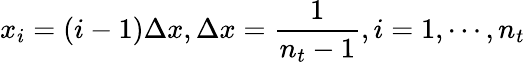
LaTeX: x_{i}=(i-1)\Delta x,\Delta x=\frac{1}{n_{t}-1},i=1,\cdots,n_{t}